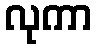
လုကာ